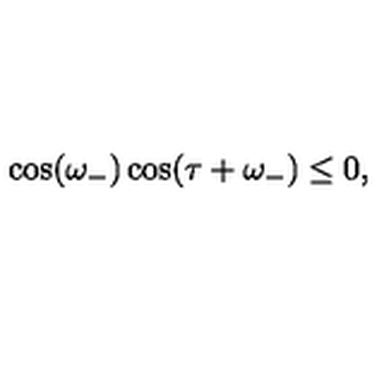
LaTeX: \cos ( \omega _ { - } ) \cos ( \tau + \omega _ { - } ) \leq 0 ,